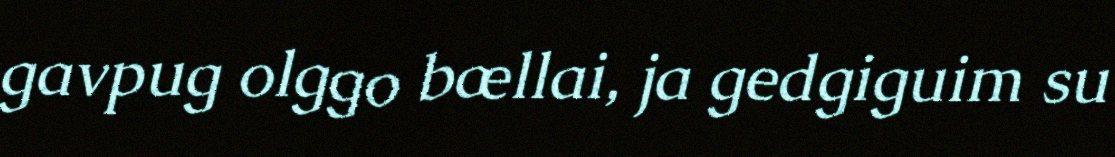
gavpug olggo bællai, ja gedgiguim su